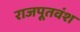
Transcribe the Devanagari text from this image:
राजपूतवंश